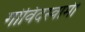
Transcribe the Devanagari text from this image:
गोविदस्वामी